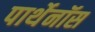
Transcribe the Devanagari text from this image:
पार्थेनॉस